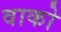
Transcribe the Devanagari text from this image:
वाको